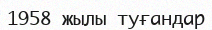
1958 жылы туғандар